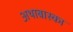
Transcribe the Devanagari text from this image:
अथाबास्का